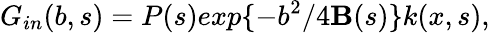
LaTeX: G_{in}(b,s)=P(s)exp\{ -b^{2}/4\mathbf{B}(s)\} k(x,s),